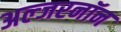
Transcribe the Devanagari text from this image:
अल्जरनॉन